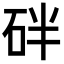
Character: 𥑍